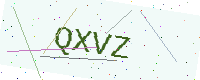
Text: QXVZ